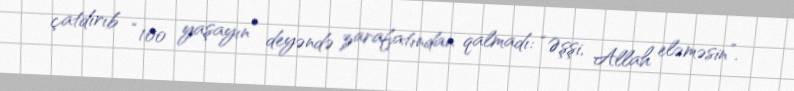
çatdırıb “100 yaşayın” deyəndə zarafatından qalmadı: “Əşşi, Allah eləməsin”.